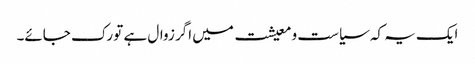
ایک یہ کہ سیاست و معیشت میں اگر زوال ہے تو رک جائے۔